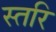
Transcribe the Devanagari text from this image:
स्तरि